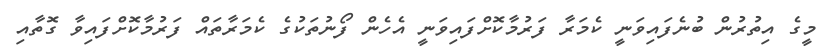
މީގެ އިތުރުން ބުނެފައިވަނީ ކެމަރާ ފަރުމާކޮށްފައިވަނީ އެހެން ފޯނުތަކުގެ ކެމަރާތައް ފަރުމާކޮށްފައިވާ ގޮތާއި